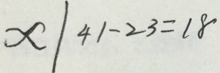
x \vert 4 1 - 2 3 = 1 8